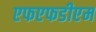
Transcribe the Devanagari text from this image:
एफएफडीएम